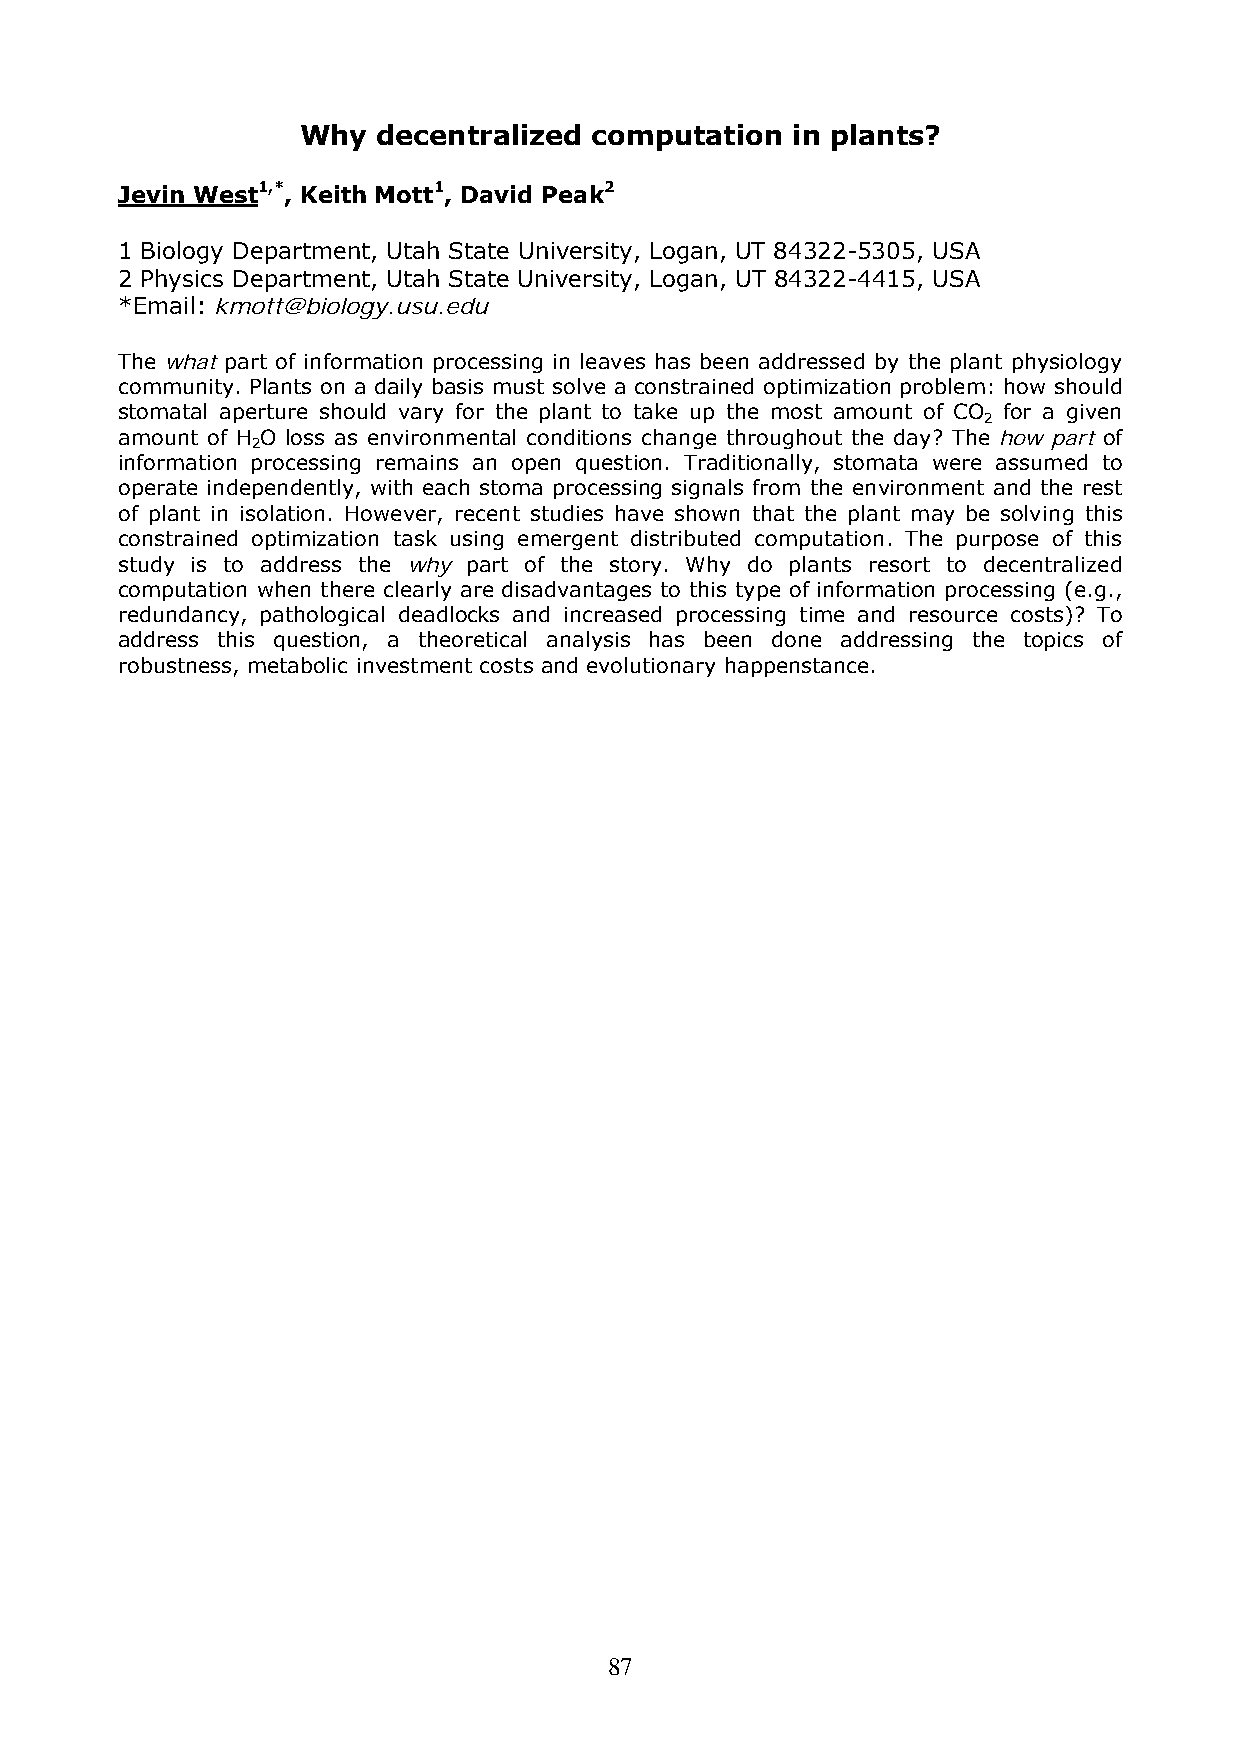
Why  decentralized computation  in plants?
 Jevin West1,*, Keith Mott1, David Peak2
 1 Biology Department, Utah State University, Logan, UT 84322-5305, USA
 2 Physics Department, Utah State University, Logan, UT 84322-4415, USA
 *Email: kmott@biology.usu.edu
 The what part of information processing in leaves has been addressed by the plant physiology
 community. Plants on a daily basis must solve a constrained optimization problem: how should
 stomatal aperture should vary for the plant to take up the most amount of CO for a given
 2
 amount of H O loss as environmental conditions change throughout the day? The how part of
 2
 information processing remains an open question. Traditionally, stomata were assumed to
 operate independently, with each stoma processing signals from the environment and the rest
 of plant in isolation. However, recent studies have shown that the plant may be solving this
 constrained optimization task using emergent distributed computation. The purpose of this
 study is to address the why part of the story. Why do plants resort to decentralized
 computation when there clearly are disadvantages to this type of information processing (e.g.,
 redundancy, pathological deadlocks and increased processing time and resource costs)? To
 address this question, a theoretical analysis has been done addressing the topics of
 robustness, metabolic investment costs and evolutionary happenstance.
 87